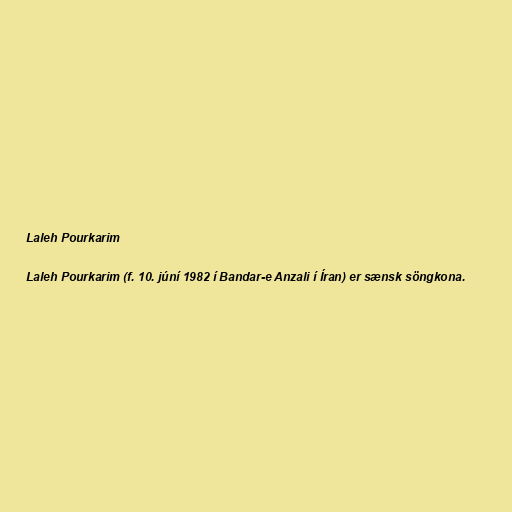
Laleh Pourkarim

Laleh Pourkarim (f. 10. júní 1982 í Bandar-e Anzali í Íran) er sænsk söngkona.